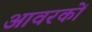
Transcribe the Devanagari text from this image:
आवरकों